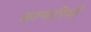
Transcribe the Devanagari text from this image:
करूणात्रिपदी